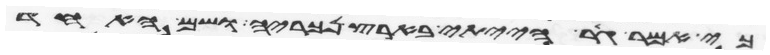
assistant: כי אמר גר הייתי בארץ נכריה ושם האחד